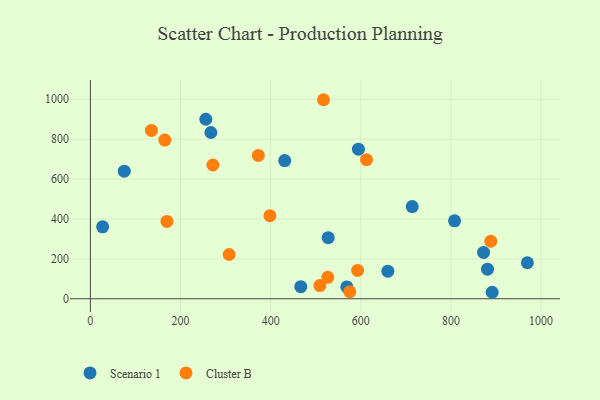
{"axis": {"x": "Engine Size", "y": "Yield"}, "legend": ["Cluster B", "Scenario 1"], "data": [{"x": "466.9", "y": 60.4, "type": "Scenario 1"}, {"x": "594.8", "y": 749.8, "type": "Scenario 1"}, {"x": "256.2", "y": 899.8, "type": "Scenario 1"}, {"x": "891.6", "y": 32.5, "type": "Scenario 1"}, {"x": "527.8", "y": 306.2, "type": "Scenario 1"}, {"x": "714.2", "y": 462.0, "type": "Scenario 1"}, {"x": "808.1", "y": 390.5, "type": "Scenario 1"}, {"x": "267.4", "y": 833.4, "type": "Scenario 1"}, {"x": "431.2", "y": 692.9, "type": "Scenario 1"}, {"x": "75.2", "y": 639.6, "type": "Scenario 1"}, {"x": "27.2", "y": 360.4, "type": "Scenario 1"}, {"x": "881.2", "y": 148.1, "type": "Scenario 1"}, {"x": "569.1", "y": 59.3, "type": "Scenario 1"}, {"x": "660.1", "y": 138.3, "type": "Scenario 1"}, {"x": "969.7", "y": 180.6, "type": "Scenario 1"}, {"x": "872.5", "y": 232.5, "type": "Scenario 1"}, {"x": "271.8", "y": 670.5, "type": "Cluster B"}, {"x": "517.4", "y": 997.8, "type": "Cluster B"}, {"x": "165.2", "y": 795.4, "type": "Cluster B"}, {"x": "169.9", "y": 387.8, "type": "Cluster B"}, {"x": "526.8", "y": 107.2, "type": "Cluster B"}, {"x": "612.8", "y": 697.3, "type": "Cluster B"}, {"x": "575.6", "y": 35.4, "type": "Cluster B"}, {"x": "372.7", "y": 718.7, "type": "Cluster B"}, {"x": "888.5", "y": 288.3, "type": "Cluster B"}, {"x": "398.4", "y": 416.3, "type": "Cluster B"}, {"x": "135.5", "y": 843.8, "type": "Cluster B"}, {"x": "307.9", "y": 221.8, "type": "Cluster B"}, {"x": "509.2", "y": 66.1, "type": "Cluster B"}, {"x": "592.9", "y": 141.9, "type": "Cluster B"}]}